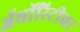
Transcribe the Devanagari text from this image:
ॲथॉरिटीवर